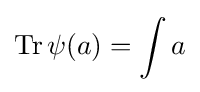
\mathrm {Tr} \,\psi (a)=\int a